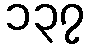
၁၃၇